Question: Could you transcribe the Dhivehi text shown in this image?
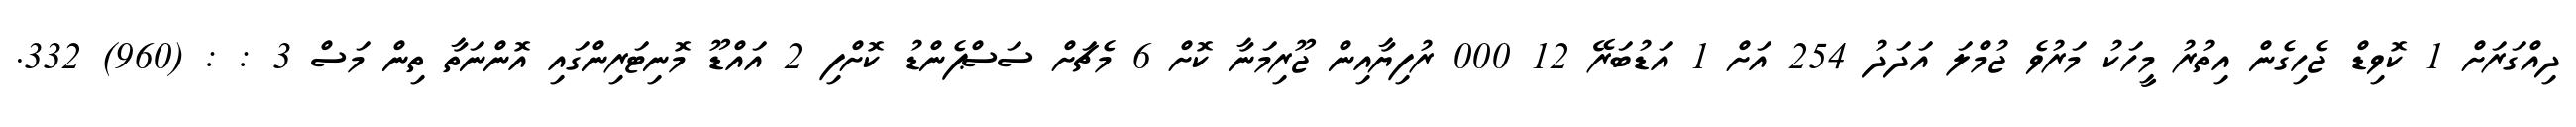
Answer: ދިއްގަރަށް 1 ކޮވިޑް ޖެހިގެން އިތުރު މީހަކު މަރުވެ ޖުމްލަ އަދަދު 254 އަށް 1 އަޑުބަރޭ 12 000 ރުފިޔާއިން ޖޫރިމަނާ ކޮށް 6 މެޗަށް ސަސްޕެންޑު ކޮށްފި 2 އައްޑޫ މޮނިޓަރިންގައި އޮންނަތާ ތިން މަސް 3 : : (960) 332.